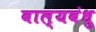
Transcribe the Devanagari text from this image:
बाल्यबंधु